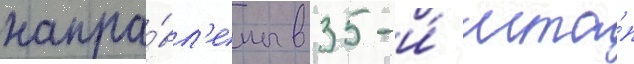
напра́вл'ены в 35-и́ мта́п